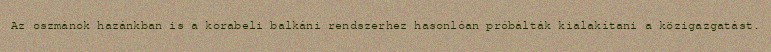
Az oszmánok hazánkban is a korabeli balkáni rendszerhez hasonlóan próbálták kialakítani a közigazgatást.